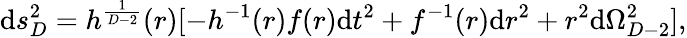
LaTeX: \mathrm{d}s_{D}^{2}=h^{\frac{{1}}{{D-2}}}(r)[-h^{-1}(r)f(r)\mathrm{d}t^{2}+f^{-1}(r)\mathrm{d}r^{2}+r^{2}\mathrm{d}\Omega_{D-2}^{2}],